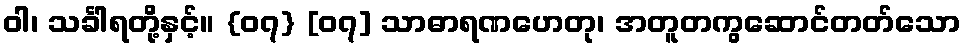
ဝါ၊ သင်္ခါရတို့နှင့်။ {၀၇} [၀၇] သာဓာရဏဟေတု၊ အတူတကွဆောင်တတ်သော